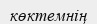
көктемнің